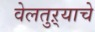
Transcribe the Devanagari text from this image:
वेलतुऱ्याचे